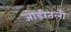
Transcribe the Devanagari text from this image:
जोडीतली